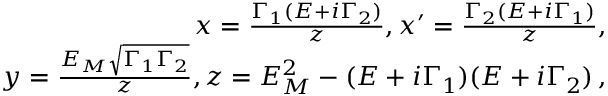
\begin{array} { r } { x = \frac { \Gamma _ { 1 } ( E + i \Gamma _ { 2 } ) } { z } , x ^ { \prime } = \frac { \Gamma _ { 2 } ( E + i \Gamma _ { 1 } ) } { z } , } \\ { y = \frac { E _ { M } \sqrt { \Gamma _ { 1 } \Gamma _ { 2 } } } { z } , z = E _ { M } ^ { 2 } - ( E + i \Gamma _ { 1 } ) ( E + i \Gamma _ { 2 } ) \, , } \end{array}